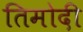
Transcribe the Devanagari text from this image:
तिमोदी